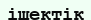
ішектік